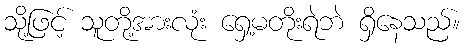
သို့ဖြင့် သူတို့အားလုံး ရှေ့မတိုးရဲဘဲ ရှိနေသည်။